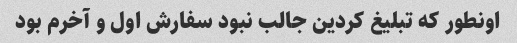
اونطور که تبلیغ کردین جالب نبود سفارش اول و آخرم بود